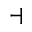
\dashv